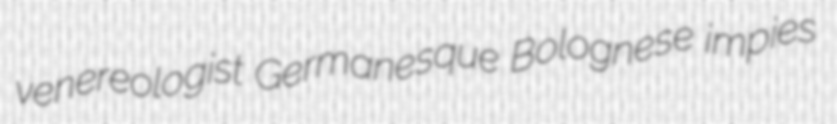
venereologist Germanesque Bolognese impies